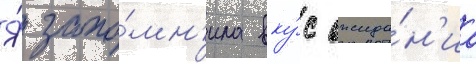
Я́ запо́мн'ила вку́с ожида́н'иа